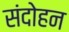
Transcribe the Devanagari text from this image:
संदोहन